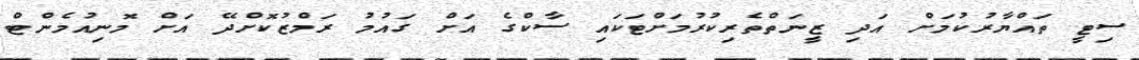
ސިޓީ ތައްޔާރުކުމަށް އަދި ޒީނަތްތެރިކުރުމަށްޓަކައި ސާކްގެ އަށް ގައުމު ރަމްޒުކޮށްދޭ އަށް މޮނިއުމެންޓް